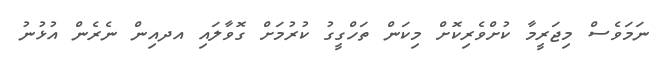
ނަމަވެސް މިޖަރީމާ ކުށްވެރިކޮށް މިކަން ތަހްގީގު ކުރުމަށް ގޮވާލައި އދއިން ނެރެން އުޅުނު